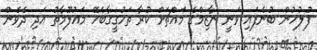
ފުލުހުން ބުނެފައި ވަނީ ނާޒިމްގެ މައްޗަށް ކުރާ ތަހުގީގާބެހޭ މައުލޫމާތު އަދި ދެވެން